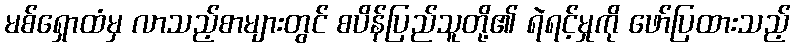
မစ်ရှောထံမှ လာသည့်စာများတွင် စပိန်ပြည်သူတို့၏ ရဲရင့်မှုကို ဖော်ပြထားသည့်